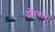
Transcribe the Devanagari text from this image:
ढोरवाटा